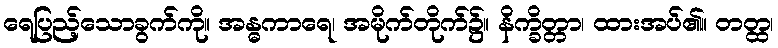
ရေပြည့်သောခွက်ကို။ အန္ဓကာရေ၊ အမိုက်တိုက်၌။ နိက္ခိတ္တာ၊ ထားအပ်၏။ တတ္ထ၊